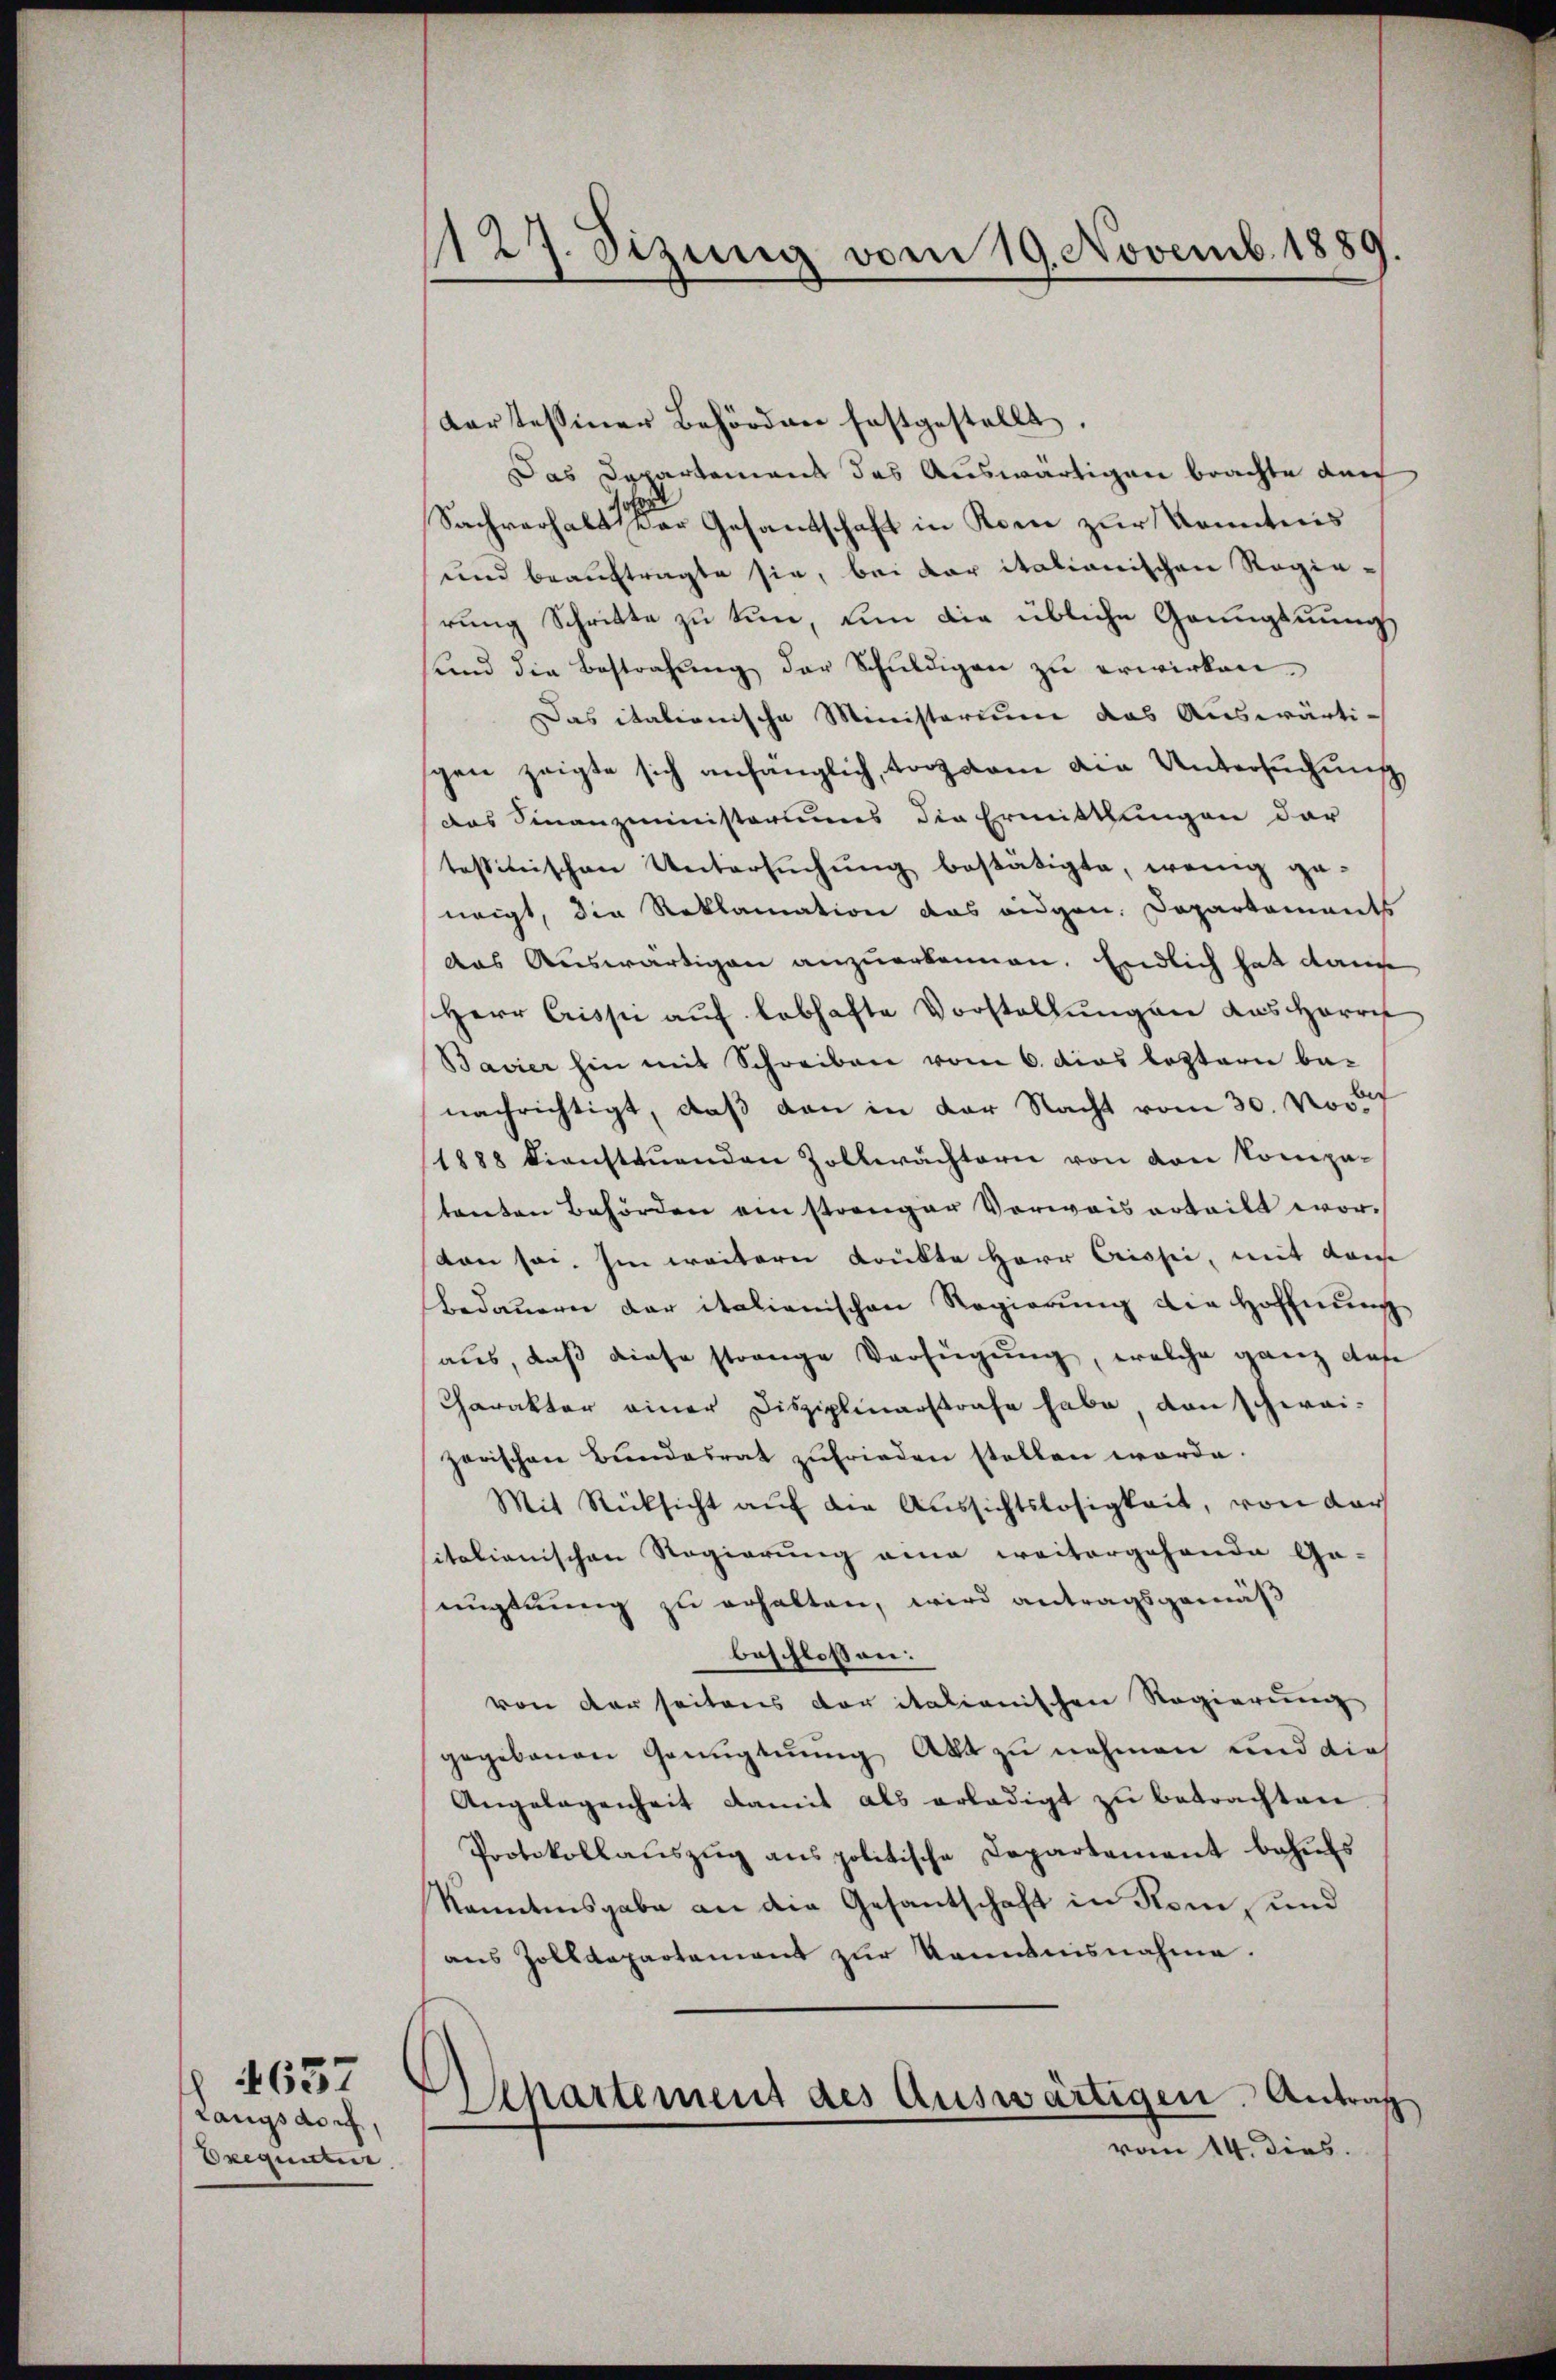
Langsdorf,
Erequitter

4657

1127. Sizung vom 19. Novemb. 1889.

Kartessiner Behörden festgestellt.
Das Departement des Auswärtigen brachte durch
Sachverhalt der Gesandschaft in Rom zur Kenntnis
und beauftragte sie, bei der italionischen Regierŭng Schritte zu tun, um die übliche Grungsnŭng
ŭnd die Bestrafŭng der Schŭldigen zu erwirken.
Das italienische Ministerium das Auswärtigen zeigte sich anfänglich, trotzdem die Untersuchung
das Finanzministeriums die Ermittlungen dar
testinischen Untersuchung bestätigte, wenig ge-
weigt, die Reklamation das eidgen. Dapartaments
das Auswärtigen anzuerkennen. Endlich hat dann
Herr Crisse auf lebhafte Vorstellungen das Harrch
Bavier hin mit Schreiben vom 6. dies leztern be-
nachrichtigt, daß dan in der Nacht vom 30. No.
1888 diensttuenden Zollwächtern von von Kompa-
tenten Behörden ein strenger Vorwais erteilt worton sei. Im weitern Krükte Herr Crissi, mit dem
bedauern der italienischen Regierŭng die Hoffnŭng
aus, daß diese strenge Verfügung, welche ganz das
Charakter einer Disziplinarstrafe habe von schwei-
zerischen Bundesrat zufrieden stellen werde.
Mit Rücksicht aŭf die Aŭssichtslosigkeit, von dar
sitalianischen Regierung eine weitergehende Ge-
nugtuung zu erhalten, wird antragsgemäß
beschlossen:
von der seitens der italienischen Regierung
gegebenen Genugtuung Akt zu nehmen und die
Angelegenheit damit als erledigt zu betrachten
Protokollaŭszŭg ans politische Departement behŭfs
kanntnisgabe an die Gesantschaft in Rom, und
aus Zolldepartement zŭr Kenntnisnahme.
Appartement des Auswärtigen. Antrag
vom 14. dies.